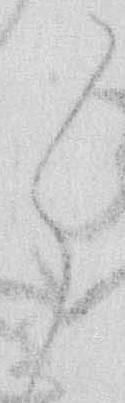
々